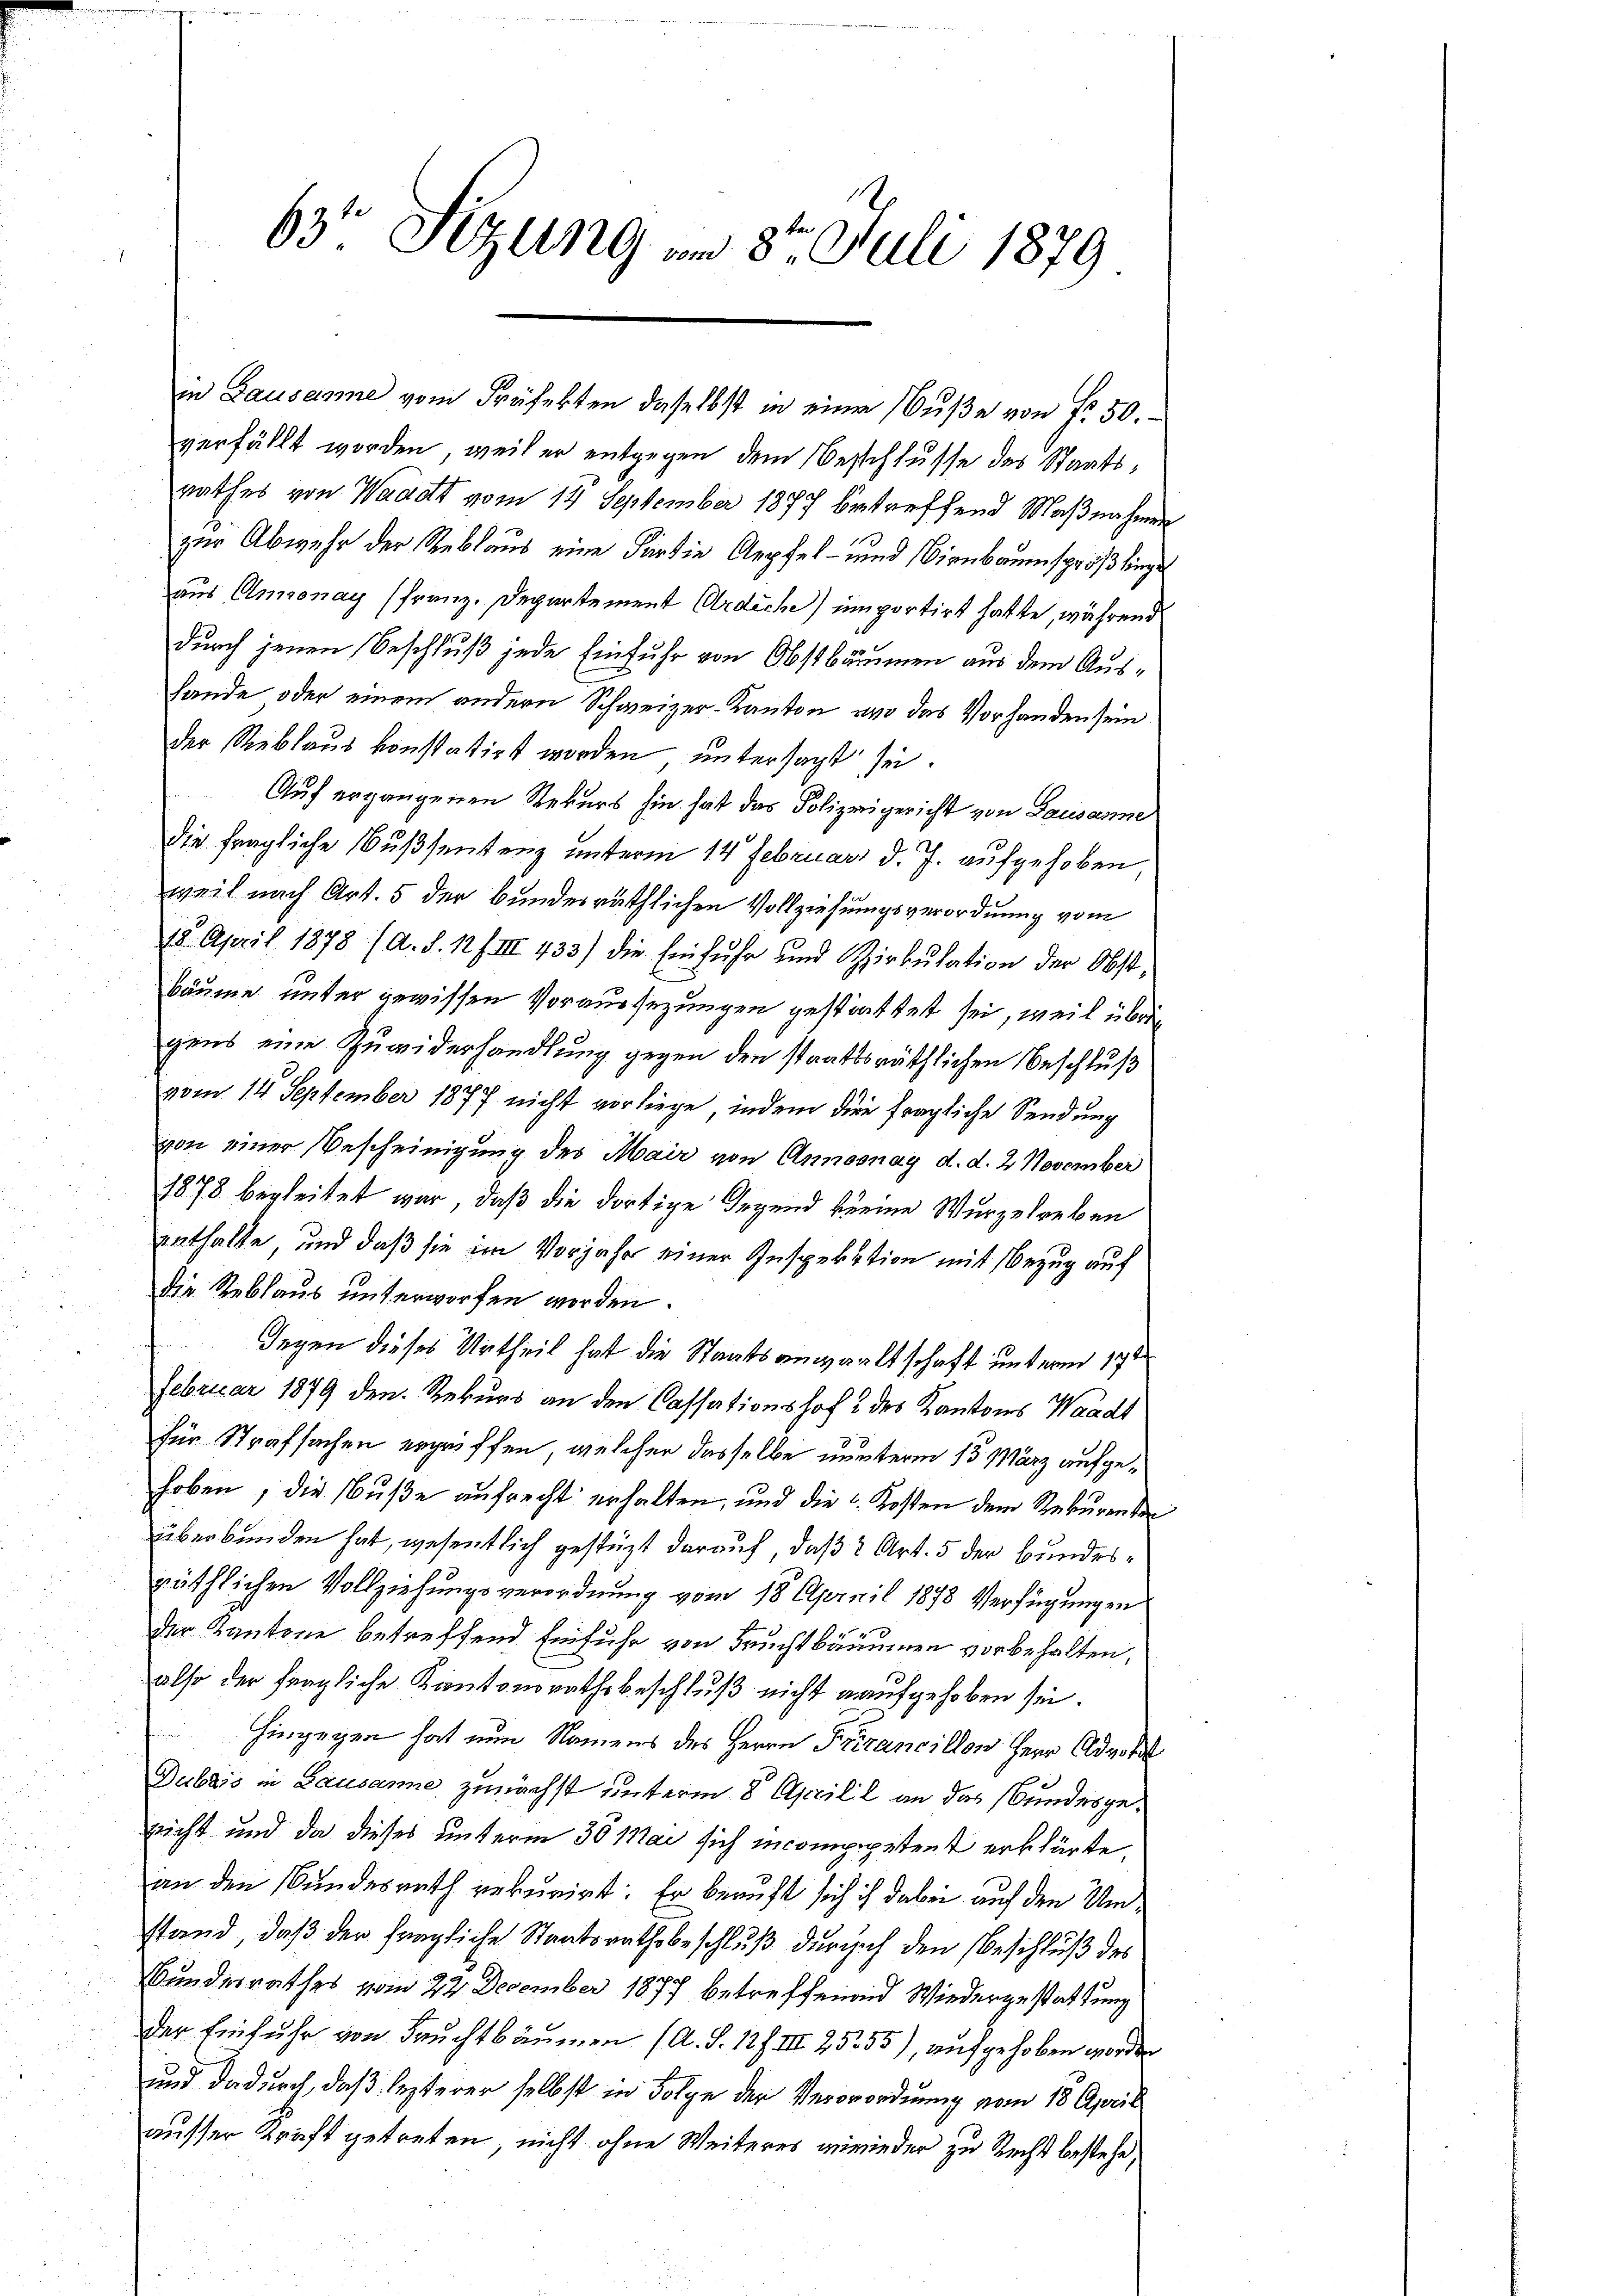
63te Sitzung am 3te Juli 1879

verfällt worden, weil er entgegen dem Beschlusse des Staatsrathes von Waadt vom 14 September 1877 betreffend Maßnahmen
10
zur Abwehr der Reblaus eine Für die Apfel- und Birnbaumsprößlinge
aus Annonay (Franz. Departement Ardiche) importirt hatte, während
durch jenen Beschluß jede Einfuhr von Obstbäumen aus dem Aushande oder einem andern Schweizer-Kanton, wo das Vorhanden sein
Der Reblaus konstatirt worden, untersagt sei.
Auf ergangenen Rekurs hin hat das Polizeigericht von Lausanne
die fragliche Nußsentenz unterm 14. Februar d. J. aufgehoben
weil nach Art. 5 der bundesräthlichen Vollziehungsverordnung vom
15. April 1878 (a. d. 12 f. III 433) die Einfŭhr und Zirkŭlation der Obst
Bäume unter gewissen Voraussezungen gestattet sei, weil übrig
gens eine Zuwiderhandlung gegen den staatsräthlichen Beschluß
vom 14. September 1877 nicht vorliege, indem die fragliche Sendung
von einer Bescheinigung des Mair von Annoonay d. d. 2 November
1878 begleitet war, daß die dortige Gegend keine Wurzelreben
enthalte, und daß sie im Vorjahr einer Inspektion mit Bezug auf
die Reblaus unterworfen worden.
Gegen dieses Urtheil hat die Staatsanwaltschaft unterm 17ten
Februar 1879 den Rekurs an den Cassationshof & des Kantons Waadt
für Strafsachen ergriffen, welcher dasselbe nunterm 13. März aufgehoben, die Buße aufrecht erhalten, und die Kosten dem Rekurrenten
überbunden hat, wesentlich gestüzt darauf, daß 2 Art. 5 der Bundesräthlichen Vollziehungsverordnung vom 18. April 1878 Verfügungen
der Kantone betreffend Einfuhr von Fruchtbäumen vorbehalten,
also der fragliche Kantonsrathsbeschluß nicht aufgehoben sei.
hingegen hat nun Namens des Herrn Frirancillon Herr Advokat
Dubais in Lausanne zunächst unterm 8. Aprill an das Bundesgenicht und da dieses unterm 30 Mai sich incompepetent erklärte,
an den Bundesrath rekurirt. Er beauft sich ich dabei auf den Umstand, daß der fragliche Staatsrathsbeschluß durch den Beschluß des
Bundesrathes vom 22. December 1877 betreffenend Wiedergestattung
der Einfuhr von Fruchtbäumen (A. S. 127. III 2555), aufgehoben worden
und dadurch, daß lezterer selbst in Folge der Verorordnung vom 18. April
ausser Kraft getreten, nicht ohne Weiteres verwieder zu Recht bestehe,

in Lausanne vom Präfekten daselbst in eine Buße von fr. 50.